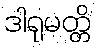
ဒါရုမတ္တိ